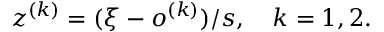
z ^ { ( k ) } = ( \xi - o ^ { ( k ) } ) / s , \quad k = 1 , 2 .